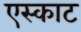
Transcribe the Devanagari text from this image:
एस्काट